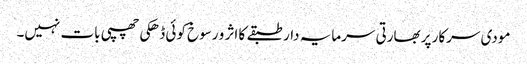
مودی سرکار پر بھارتی سرمایہ دار طبقے کا اثر و رسوخ کوئی ڈھکی چھپی بات نہیں۔